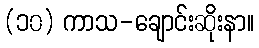
(၁၀) ကာသ-ချောင်းဆိုးနာ။